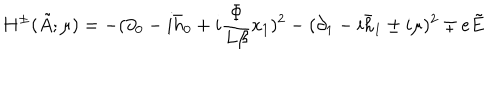
LaTeX: H ^ { \pm } ( \tilde { A } ; \mu ) = - ( \partial _ { 0 } - i \bar { h } _ { 0 } + i \frac { \Phi } { L \beta } x _ { 1 } ) ^ { 2 } - ( \partial _ { 1 } - i \bar { h } _ { 1 } \pm i \mu ) ^ { 2 } \mp e \tilde { E }